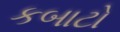
કબાટો